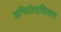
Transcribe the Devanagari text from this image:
अभियोगाधिकार